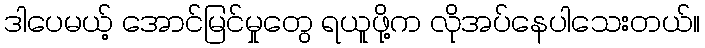
ဒါပေမယ့် အောင်မြင်မှုတွေ ရယူဖို့က လိုအပ်နေပါသေးတယ်။